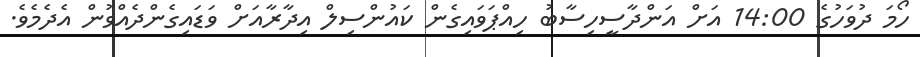
ހޯމަ ދުވަހުގެ 14:00 އަށް އަންދާސީހިސާބު ހިއްޕަވައިގެން ކައުންސިލް އިދާރާއަށް ވަޑައިގެންދެއްވުން އެދެމެވެ.